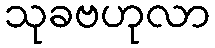
သုခဗဟုလာ